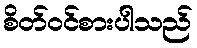
စိတ်ဝင်စားပါသည်